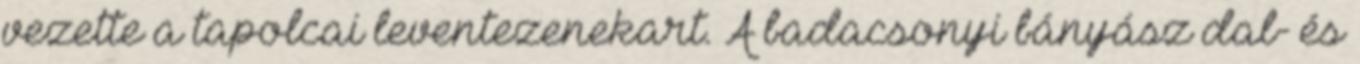
vezette a tapolcai leventezenekart. A badacsonyi bányász dal- és